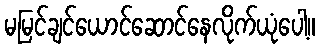
မမြင်ချင်ယောင်ဆောင်နေလိုက်ယုံပေါ့။